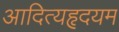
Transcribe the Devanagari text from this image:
आदित्यहृदयम